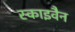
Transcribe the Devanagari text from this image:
स्काइवैन